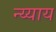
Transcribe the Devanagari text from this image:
न्य्याय